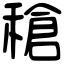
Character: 䅮